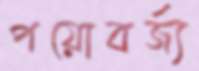
পয়োবর্জ্য